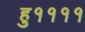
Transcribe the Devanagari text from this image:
हु११११